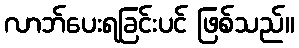
လာဘ်ပေးရခြင်းပင် ဖြစ်သည်။